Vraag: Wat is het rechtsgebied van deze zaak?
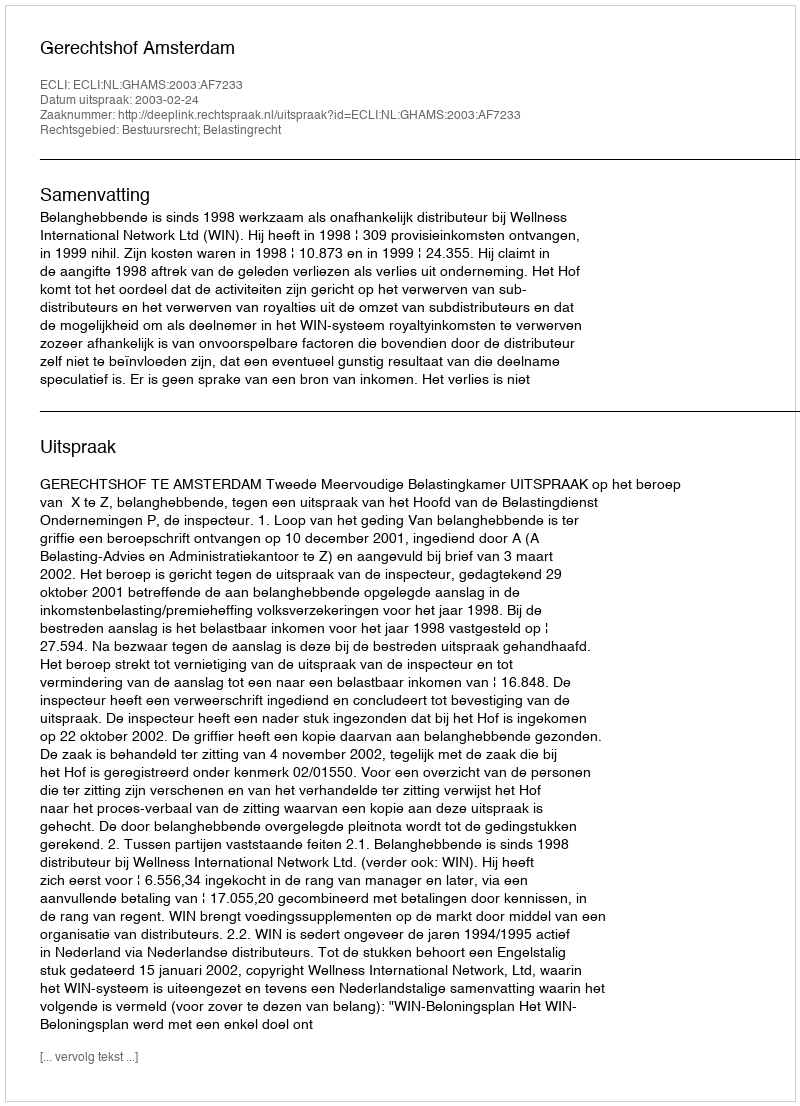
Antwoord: Bestuursrecht; Belastingrecht